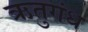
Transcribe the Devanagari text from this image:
ऋतुगंध